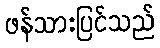
ဖန်သားပြင်သည်